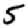
Digit: 5